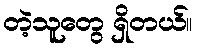
တဲ့သူတွေ ရှိတယ်။